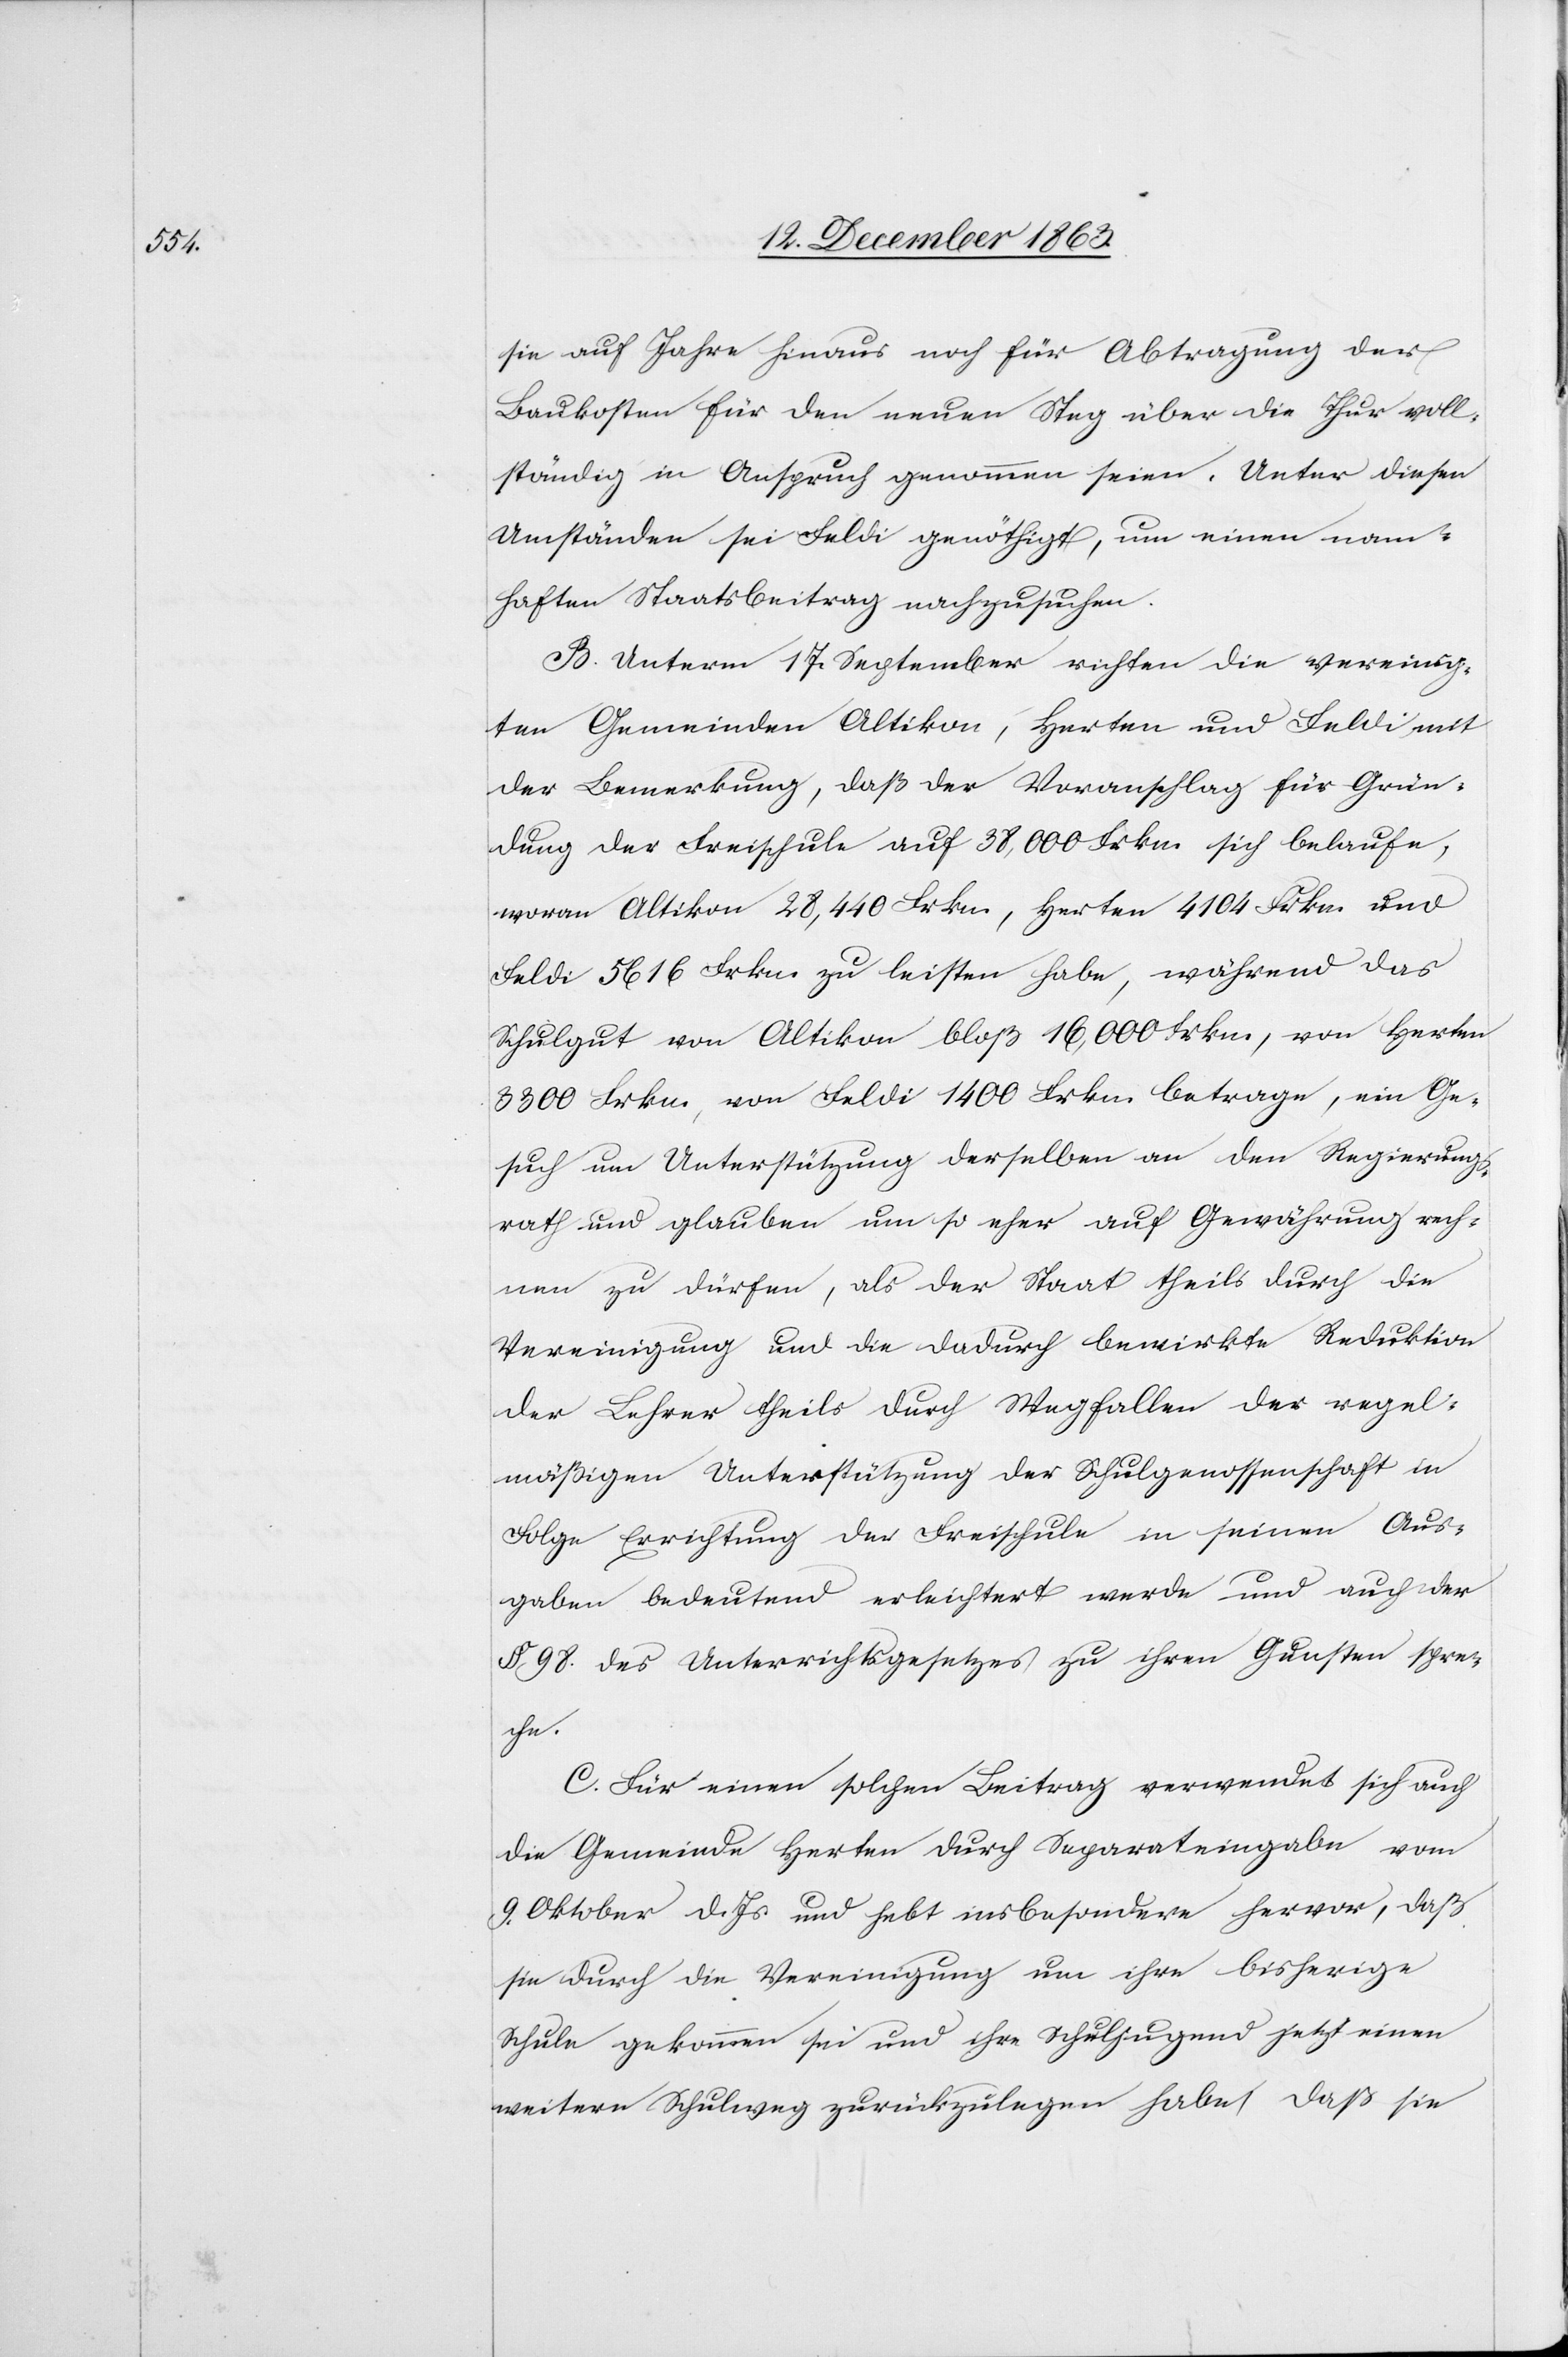
sie auf Jahre hinaus noch für Abtragung der
Baukosten für den neuen Steg über die Thur voll¬
ständig in Anspruch genommen seien. Unter diesen
Umständen sei Feldi genöthigt, um einen nam¬
haften Staatsbeitrag nachzusuchen.
B. Unterm 17. September richten die vereinig¬
ten Gemeinden Altikon, Herten und Feldi mit
der Bemerkung, daß der Voranschlag für Grün¬
dung der Freischule auf 38,000 Frkn. sich belaufe;
woran Altikon 28,440 Frkn., Herten 4104 Frkn. und
Feldi 5616 Frkn. zu leisten habe, während das
Schulgut von Altikon bloß 16,000 Frkn., von Herten
3300 Frkn., von Feldi 1400 Frkn. betrage, ein Ge¬
such um Unterstützung derselben an den Regierungs¬
rath und glauben um so eher auf Gewährung rech¬
nen zu dürfen, als der Staat theils durch die
Vereinigung und die dadurch bewirkte Reduktion
der Lehrer theils durch Wegfallen der regel¬
mäßigen Unterstützung der Schulgenossenschaft in
Folge Errichtung der Freischule in seinen Aus¬
gaben bedeutend erleichtert werde und auch der
§ 98. des Unterrichtsgesetzes zu ihren Gunsten spre¬
che.
C. Für einen solchen Beitrag verwendet sich auch
die Gemeinde Herten durch Separateingabe vom
9. Oktober d. Js. und hebt insbesondere hervor, das
sie durch die Vereinigung um ihre bisherige
Schule gekommen sei und ihre Schuljugend jetzt einen
weitern Schulweg zurückzulegen habe, daß sie